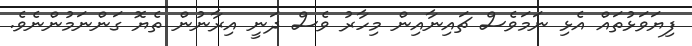
ފިޔަވަޅުތައް އެޅި ނަމަވެސް ޗައިނާއިން މިހާރު ވެސް ދަނީ އިރާނުން ތެޔޮ ގަންނަމުންނެވެ.